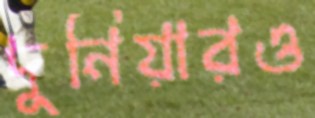
দুনিয়ারও